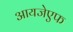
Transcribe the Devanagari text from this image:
आयजेएफ